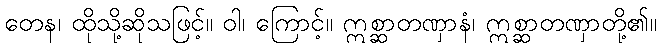
တေန၊ ထိုသို့ဆိုသဖြင့်။ ဝါ၊ ကြောင့်။ ဣစ္ဆာတဏှာနံ၊ ဣစ္ဆာတဏှာတို့၏။